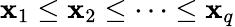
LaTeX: \mathbf{x}_{1}\leq\mathbf{x}_{2}\leq\dots\leq\mathbf{x}_{q}